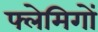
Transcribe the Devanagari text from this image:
फ्लेमिगों